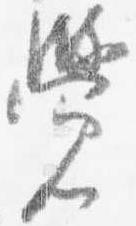
覚